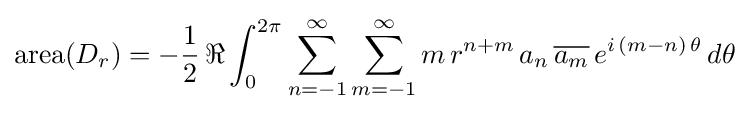
\mathrm {area} (D_{r})=-{\frac {1}{2}}\,\Re \int _{0}^{2\pi }\sum _{n=-1}^{\infty }\sum _{m=-1}^{\infty }m\,r^{n+m}\,a_{n}\,{\overline {a_{m}}}\,e^{i\,(m-n)\,\theta }\,d\theta